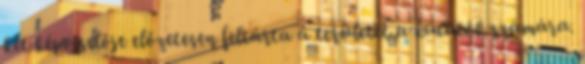
két képviselője előzetesen feltárta a területet a kutatók számára.